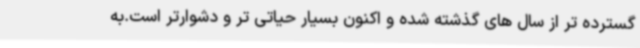
گسترده تر از سال های گذشته شده و اکنون بسیار حیاتی تر و دشوارتر است.به